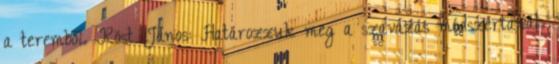
a teremből. Röst János: Határozzuk meg a szavazás módszertanát.